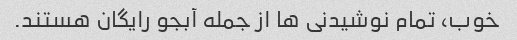
خوب، تمام نوشیدنی ها از جمله آبجو رایگان هستند.